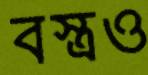
বস্ত্রও